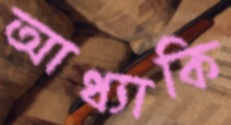
আধ্যাকি